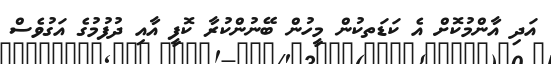
އަދި އާންމުކޮށް އެ ކަޑަތކުން މީހުން ބޭނުންކުރާ ކޮފީ އާއި ދުފުމުގެ އަގުވެސް